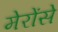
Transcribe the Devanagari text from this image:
मेरोंसे